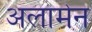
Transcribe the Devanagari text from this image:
अलामेन